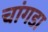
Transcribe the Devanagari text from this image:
चांगडा